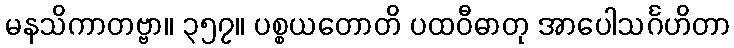
မနသိကာတဗ္ဗာ။ ၃၅၇။ ပစ္စယတောတိ ပထဝီဓာတု အာပေါသင်္ဂဟိတာ